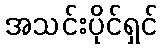
အသင်းပိုင်ရှင်